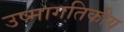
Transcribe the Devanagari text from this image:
उष्मागतिकीय